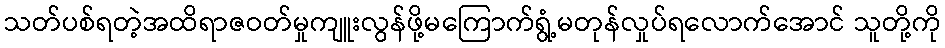
သတ်ပစ်ရတဲ့အထိရာဇဝတ်မှုကျူးလွန်ဖို့မကြောက်ရွံ့မတုန်လှုပ်ရလောက်အောင် သူတို့ကို